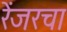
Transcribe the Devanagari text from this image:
रेंजरचा